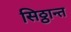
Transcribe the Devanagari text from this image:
सिठ्ठान्त